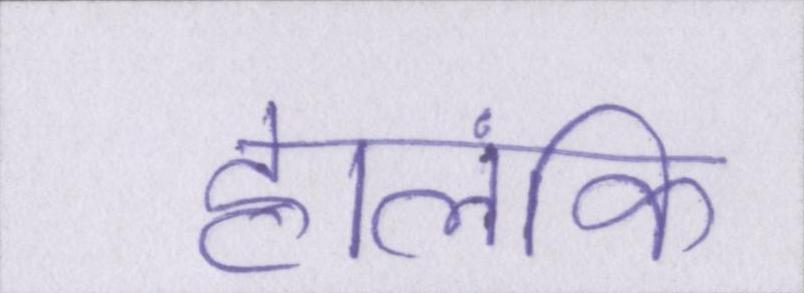
हालंकि